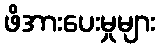
ဖိအားပေးမှုများ